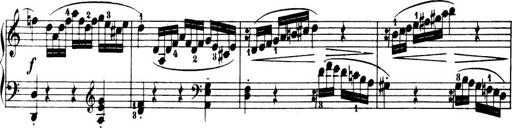
Title: 32 Sonatinas and Rondos for the Piano
Composer: Richard Kleinmichel